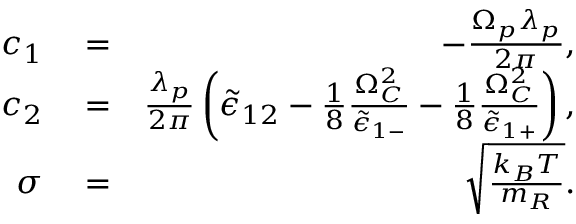
\begin{array} { r l r } { c _ { 1 } } & { { } = } & { - \frac { \Omega _ { p } \lambda _ { p } } { 2 \pi } , } \\ { c _ { 2 } } & { { } = } & { \frac { \lambda _ { p } } { 2 \pi } \left( \tilde { \epsilon } _ { 1 2 } - \frac { 1 } { 8 } \frac { \Omega _ { C } ^ { 2 } } { \tilde { \epsilon } _ { 1 - } } - \frac { 1 } { 8 } \frac { \Omega _ { C } ^ { 2 } } { \tilde { \epsilon } _ { 1 + } } \right) , } \\ { \sigma } & { { } = } & { \sqrt { \frac { k _ { B } T } { m _ { R } } } . } \end{array}